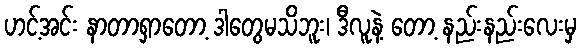
ဟင့်အင်း နာတာရှာတော့ ဒါတွေမသိဘူး၊ ဒီလူနဲ့ တော့ နည်းနည်းလေးမှ